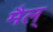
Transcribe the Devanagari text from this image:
मैल्